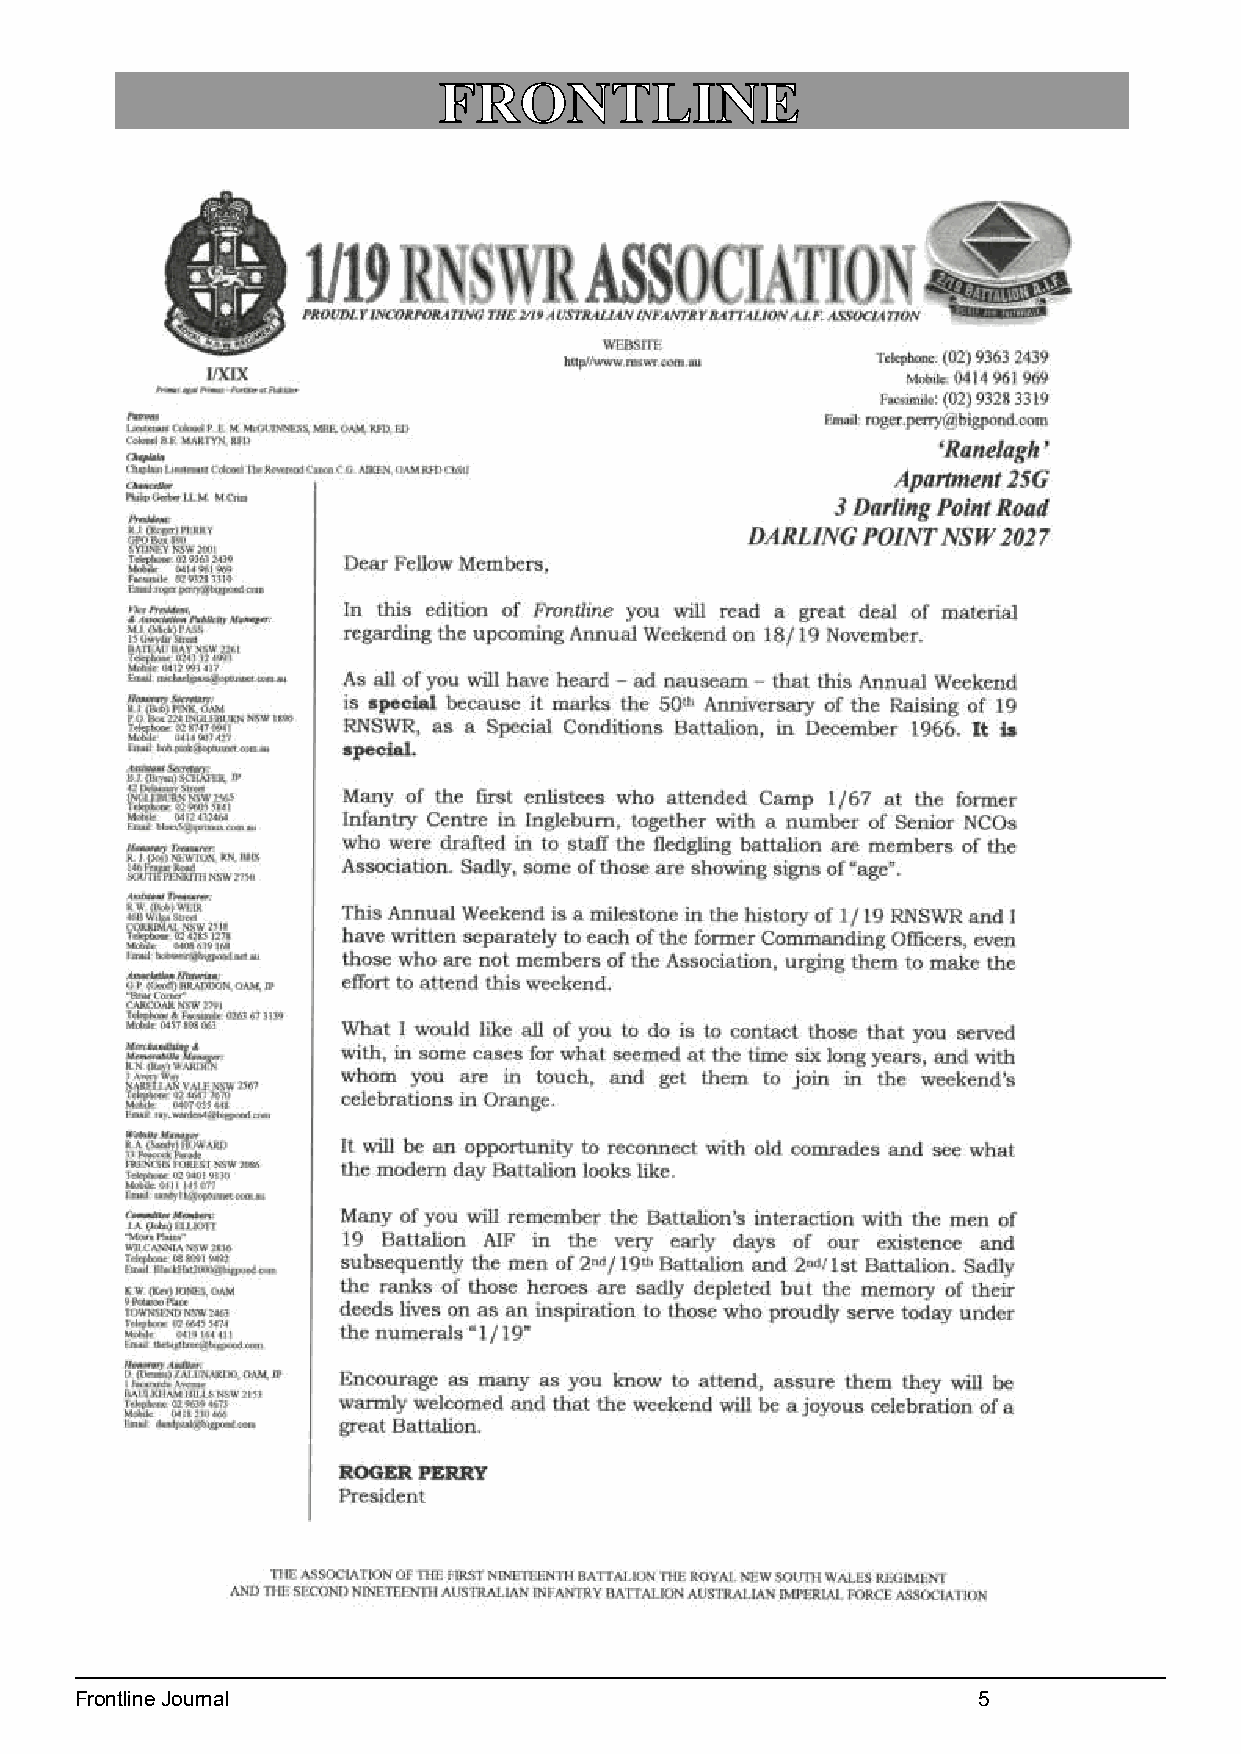
2
 4
 Frontline Journal                                           5